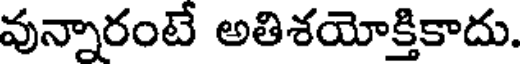
వున్నారంటే అతిశయోక్తికాదు.